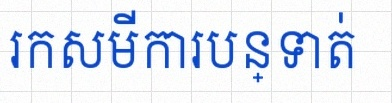
រកសមីការបន្ទាត់